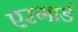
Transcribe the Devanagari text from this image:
एस्गार्ड